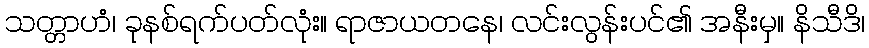
သတ္တာဟံ၊ ခုနစ်ရက်ပတ်လုံး။ ရာဇာယတနေ၊ လင်းလွန်းပင်၏ အနီးမှ။ နိသီဒိ၊